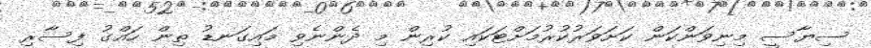
ސިޔާސީ މިނިވަންކަން ކަށަވަރުކުރުމަށްޓަކައި ކުރިން މި ދެންނެވި މައިގަނޑު ތިން ހައްގު ފިސާރި